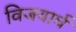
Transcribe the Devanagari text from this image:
विजयार्ध